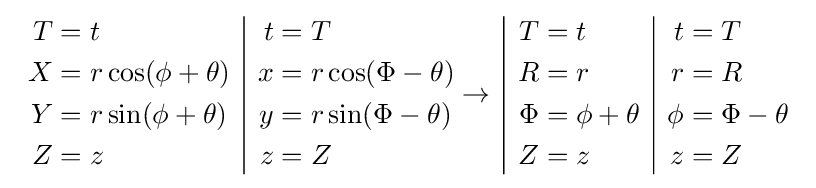
{\begin{array}{c|c|c|c}{\begin{aligned}T&=t\\X&=r\cos(\phi +\theta )\\Y&=r\sin(\phi +\theta )\\Z&=z\end{aligned}}&{\begin{aligned}t&=T\\x&=r\cos(\Phi -\theta )\\y&=r\sin(\Phi -\theta )\\z&=Z\end{aligned}}\rightarrow &{\begin{aligned}T&=t\\R&=r\\\Phi &=\phi +\theta \\Z&=z\end{aligned}}&{\begin{aligned}t&=T\\r&=R\\\phi &=\Phi -\theta \\z&=Z\end{aligned}}\end{array}}